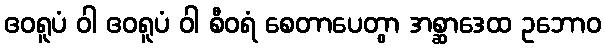
ဧဝရူပံ ဝါ ဧဝရူပံ ဝါ စီဝရံ စေတာပေတွာ အစ္ဆာဒေထ ဥဘောဝ